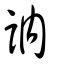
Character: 訥